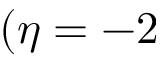
( \eta = - 2